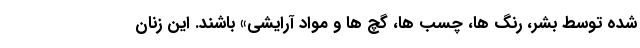
شده توسط بشر، رنگ ها، چسب ها، گچ ها و مواد آرایشی» باشند. این زنان